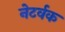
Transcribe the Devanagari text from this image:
नेटर्वक